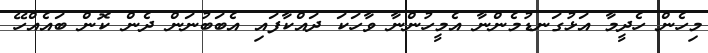
މިހެން ހެދީމާ އަޅުގަނޑުމެންނާ އެމީހުންނާ ވާހަކަ ދައްކާފައި އެބަބުނަން ދެން ކޮން ބައެއްހޭ